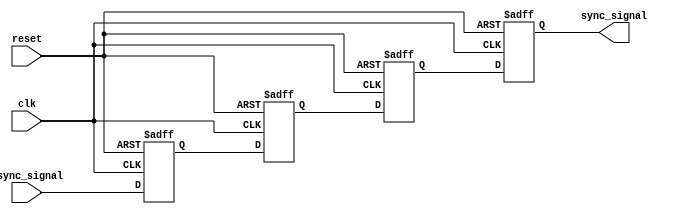
module triple_ff_synchronizer #(
    parameter WIDTH = 1   // Parameter for signal width
)(
    input  wire [WIDTH-1:0] async_signal, // Asynchronous input signal
    input  wire clk,                        // Clock signal from receiving domain
    input  wire reset,                      // Optional reset signal
    output reg  [WIDTH-1:0] sync_signal     // Synchronized output signal
);

    // Internal registers for the flip-flops
    reg [WIDTH-1:0] ff1, ff2, ff3;

    always @(posedge clk or posedge reset) begin
        if (reset) begin
            // Asynchronous reset to known state
            ff1 <= {WIDTH{1'b0}};
            ff2 <= {WIDTH{1'b0}};
            ff3 <= {WIDTH{1'b0}};
            sync_signal <= {WIDTH{1'b0}};
        end else begin
            // Triple flip-flop synchronization
            ff1 <= async_signal;  // First flip-flop samples the async_signal
            ff2 <= ff1;           // Second flip-flop samples output of first
            ff3 <= ff2;           // Third flip-flop samples output of second
            sync_signal <= ff3;   // Final synchronized output
        end
    end

endmodule